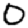
Digit: 0